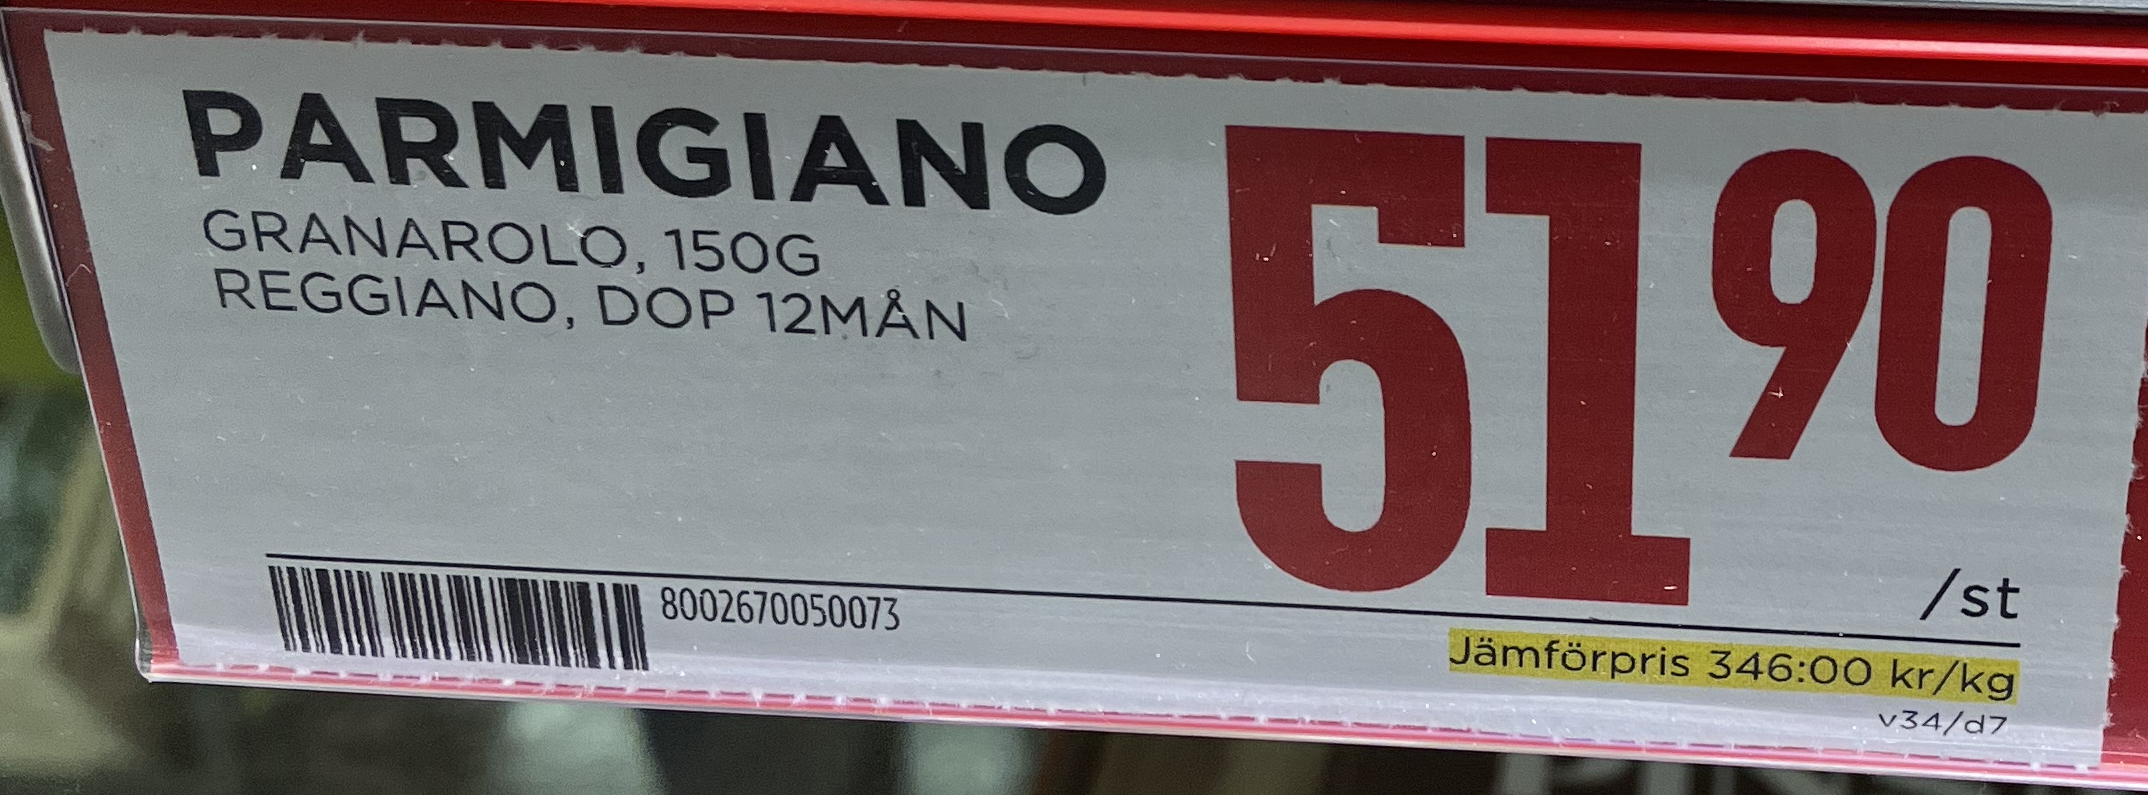
Vara: Parmigiano
Genomsnittspris: 346 per kg